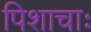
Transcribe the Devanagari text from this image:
पिशाचाः